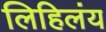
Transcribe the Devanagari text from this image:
लिहिलंय